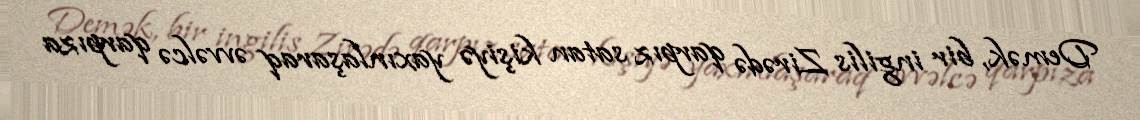
Demək, bir ingilis Zirədə qarpız satan kişiyə yaxınlaşaraq əvvəlcə qarpıza